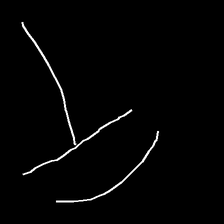
Glyph: dispersion